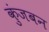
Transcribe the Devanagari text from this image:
कुंजबन